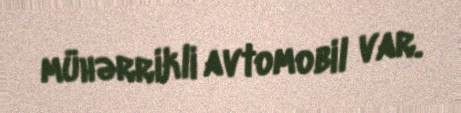
mühərrikli avtomobil var.